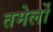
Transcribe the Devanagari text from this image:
तमेर्लो